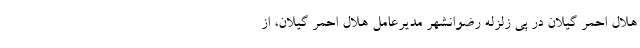
هلال احمر گیلان در پی زلزله رضوانشهر مدیرعامل هلال احمر گیلان، از